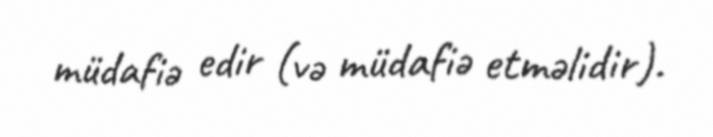
müdafiə edir (və müdafiə etməlidir).